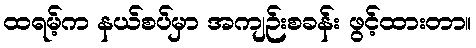
ထရမ့်က နယ်စပ်မှာ အကျဉ်းစခန်း ဖွင့်ထားတာ။